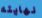
نهايته